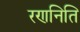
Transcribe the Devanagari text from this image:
रणनिति